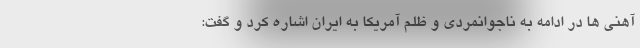
آهنی ها در ادامه به ناجوانمردی و ظلم آمریکا به ایران اشاره کرد و گفت: